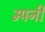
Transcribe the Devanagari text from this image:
म्पनी